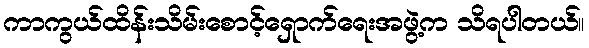
ကာကွယ်ထိန်းသိမ်းစောင့်ရှောက်ရေးအဖွဲ့က သိရပါတယ်။